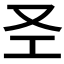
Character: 𱑱